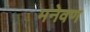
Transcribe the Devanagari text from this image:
मनेवण